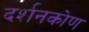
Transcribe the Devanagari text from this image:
दर्शनकोण